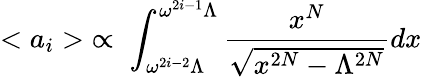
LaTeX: <a_{i}>\; \propto\; \int_{\omega^{2i-2}\Lambda}^{\omega^{2i-1}\Lambda}\frac{x^{N}}{\sqrt{x^{2N}-\Lambda^{2N}}}dx